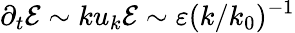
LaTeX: \partial_{t}\mathcal{E}\sim ku_{k}\mathcal{E}\sim\varepsilon(k/k_{0})^{-1}